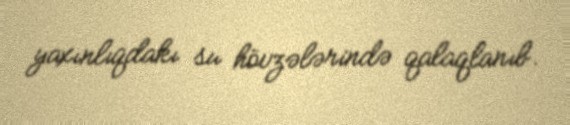
yaxınlıqdakı su hövzələrində qalaqlanıb.